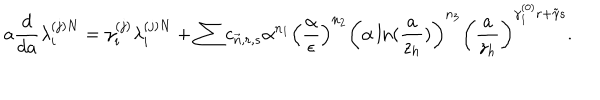
a \frac { d } { d a } \lambda _ { i } ^ { ( j ) N } = \gamma _ { i } ^ { ( j ) } \lambda _ { i } ^ { ( j ) N } + \sum c _ { \vec { n } , r , s } \alpha ^ { n _ { 1 } } \left( \frac { \alpha } { \epsilon } \right) ^ { n _ { 2 } } \left( \alpha \ln ( \frac { a } { z _ { h } } ) \right) ^ { n _ { 3 } } \left( \frac { a } { z _ { h } } \right) ^ { \gamma _ { 1 } ^ { ( 0 ) } r + \tilde { \gamma } s } .